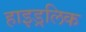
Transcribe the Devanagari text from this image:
हाइड्रलिक